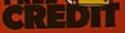
CREDIT